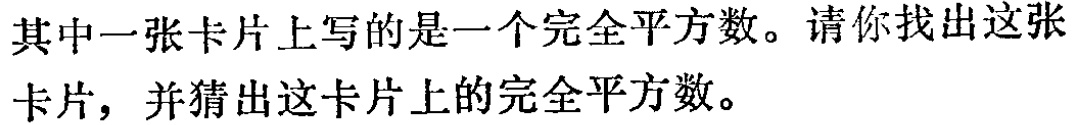
其中一张卡片上写的是一个完全平方数。请你找出这张卡片，并猜出这卡片上的完全平方数。